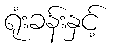
ရုံးခန်းနှင့်